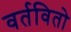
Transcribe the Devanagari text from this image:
वर्तवितो